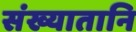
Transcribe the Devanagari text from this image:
संख्यातानि